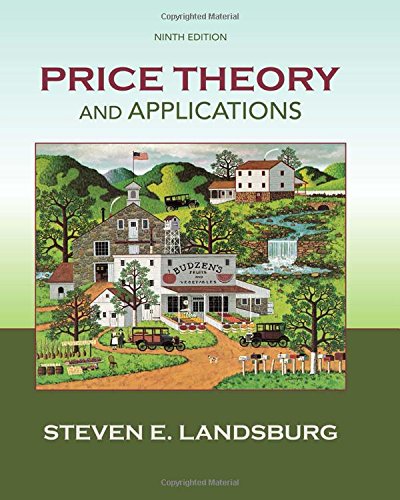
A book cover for Price Theory and Applications (Upper Level Economics Titles); Steven Landsburg; Business & Money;